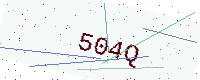
Text: 504Q